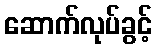
ဆောက်လုပ်ခွင့်